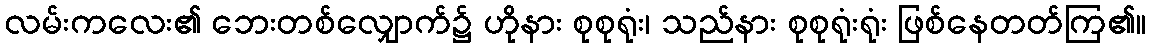
လမ်းကလေး၏ ဘေးတစ်လျှောက်၌ ဟိုနား စုစုရုံး၊ သည်နား စုစုရုံးရုံး ဖြစ်နေတတ်ကြ၏။